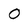
Character: O